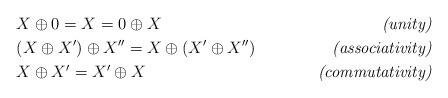
LaTeX: \begin{align*}&X\oplus 0= X= 0\oplus X &\emph{(unity)}\\&(X\oplus X')\oplus X''= X\oplus (X'\oplus X'')&\emph{(associativity)}\\&X\oplus X'= X'\oplus X &\emph{(commutativity)}\end{align*}